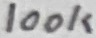
Text: 100K